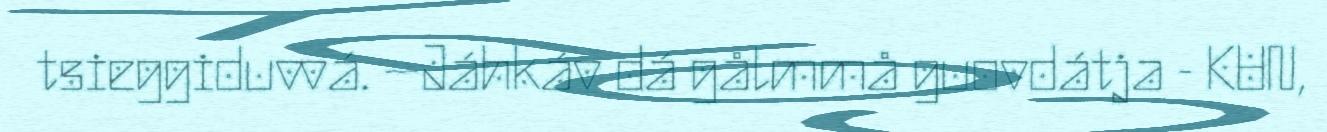
tsieggiduvvá. –Jáhkáv dá gålmmå guovdátja - KUN,